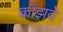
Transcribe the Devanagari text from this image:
कॉझवे